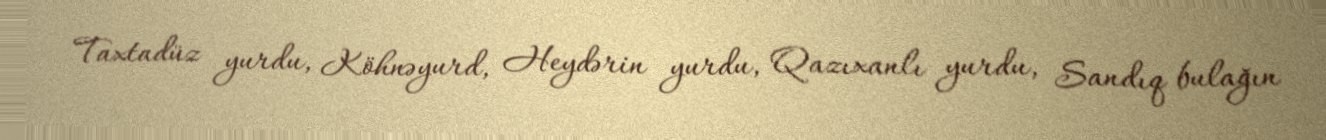
Taxtadüz yurdu, Köhnəyurd, Heydərin yurdu, Qazıxanlı yurdu, Sandıq bulağın